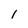
Character: 1